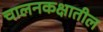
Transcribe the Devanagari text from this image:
चालनकक्षातील